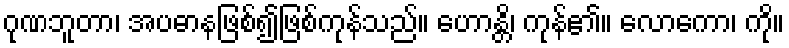
ဂုဏဘူတာ၊ အပဓာနဖြစ်၍ဖြစ်ကုန်သည်။ ဟောန္တိ၊ ကုန်၏။ လောကော၊ ကို။